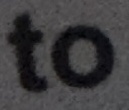
to